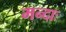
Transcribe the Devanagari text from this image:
मन्दाः